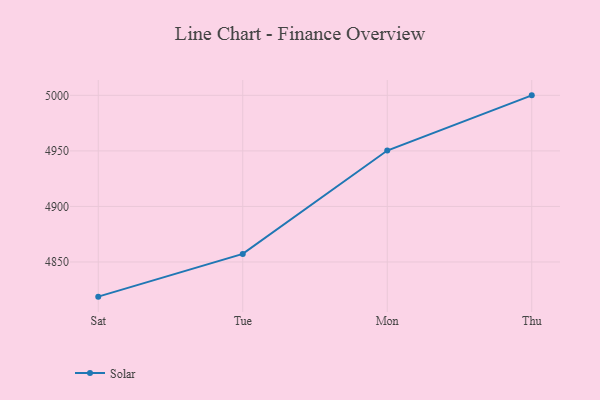
{"axis": {"x": "Day", "y": "Operating Costs (USD K)"}, "legend": ["Solar"], "data": [{"x": "Sat", "y": 4818.8, "type": "Solar"}, {"x": "Tue", "y": 4857.3, "type": "Solar"}, {"x": "Mon", "y": 4950.3, "type": "Solar"}, {"x": "Thu", "y": 5000, "type": "Solar"}]}